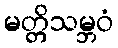
မတ္တိသမ္ဘဝံ